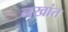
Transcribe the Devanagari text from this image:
नखांत